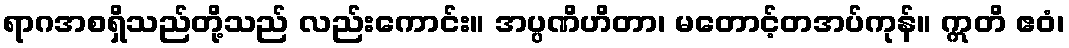
ရာဂအစရှိသည်တို့သည် လည်းကောင်း။ အပ္ပဏိဟိတာ၊ မတောင့်တအပ်ကုန်။ ဣတိ ဧဝံ၊